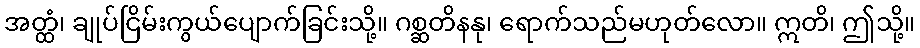
အတ္ထံ၊ ချုပ်ငြိမ်းကွယ်ပျောက်ခြင်းသို့။ ဂစ္ဆတိနနု၊ ရောက်သည်မဟုတ်လော။ ဣတိ၊ ဤသို့။